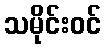
သမိုင်းဝင်